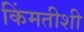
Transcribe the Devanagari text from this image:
किंमतीशी